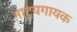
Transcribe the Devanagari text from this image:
नाट्यगायक